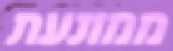
ממונעת